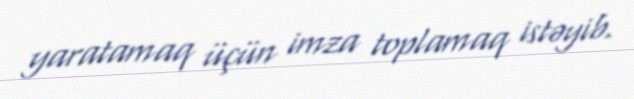
yaratamaq üçün imza toplamaq istəyib.